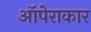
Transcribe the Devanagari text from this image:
ऑपेराकार